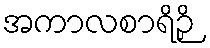
အကာလစာရိဉှိ